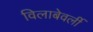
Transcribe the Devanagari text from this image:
विलाबेवर्ली